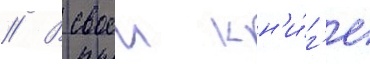
// В своеи кн'и́г'е